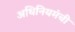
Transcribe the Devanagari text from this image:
अधिनियमंची